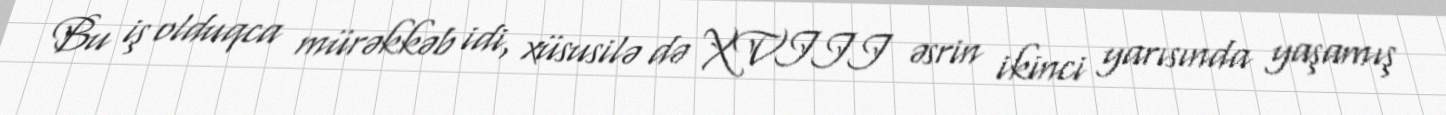
Bu iş olduqca mürəkkəb idi, xüsusilə də XVIII əsrin ikinci yarısında yaşamış